Insane asylums in Bengal annual reports 1876-1887 - 1876-1887
Year: 1876
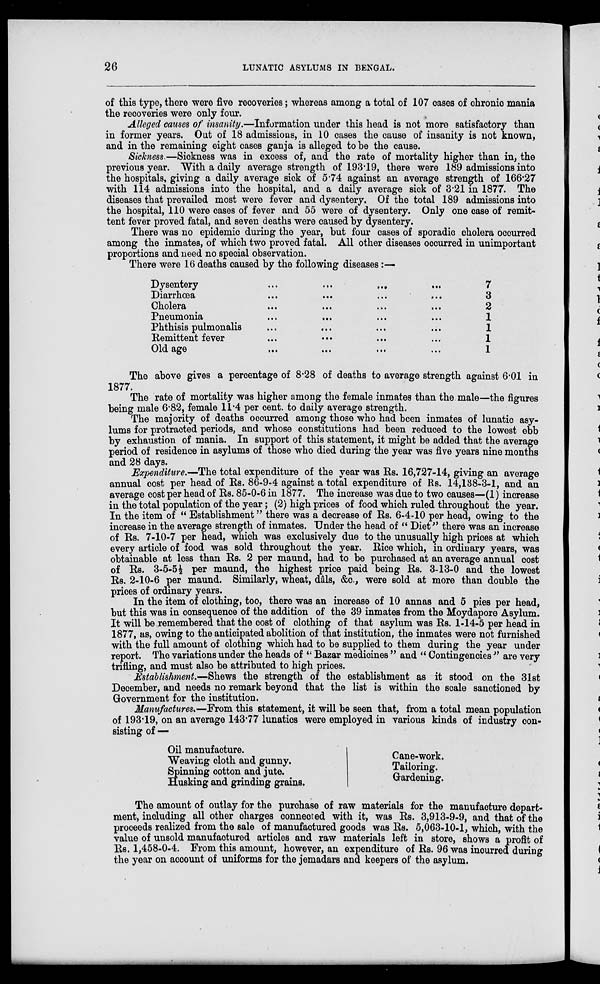
26
LUNATIC ASYLUMS IN BENGAL.
of this type, there were five recoveries; whereas among a total of 107 cases of chronic mania
the recoveries were only four.
Alleged causes of insanity.—Information under this head is not more satisfactory than
in former years. Out of 18 admissions, in 10 cases the cause of insanity is not known,
and in the remaining eight cases ganja is alleged to be the cause.
Sickness.—Sickness was in excess of, and the rate of mortality higher than in, the
previous year. With a daily average strength of 193.19, there were 189 admissions into
the hospitals, giving a daily average sick of 5.74 against an average strength of 166.27
with 114 admissions into the hospital, and a daily average sick of 3.21 in 1877. The
diseases that prevailed most were fever and dysentery. Of the total 189 admissions into
the hospital, 110 were cases of fever and 55 were of dysentery. Only one case of remit-
tent fever proved fatal, and seven deaths were caused by dysentery.
There was no epidemic during the year, but four cases of sporadic cholera occurred
among the inmates, of which two proved fatal. All other diseases occurred in unimportant
proportions and need no special observation.
There were 16 deaths caused by the following diseases:—
Dysentery
...
...
...
Diarrhœa
...
...
...
...
Cholera
...
...
...
...
Pneumonia
...
... ... ...
Phthisis pulmonalis ... ... ... ...
Remittent fever ... ... ... ...
Old age
...
...
... ...
7
3
2
1
1
1
1
The above gives a percentage of 8.28 of deaths to average strength against 6.01 in
1877.
The rate of mortality was higher among the female inmates than the male—the figures
being male 6.82, female 11.4 per cent. to daily average strength.
The majority of deaths occurred among those who had been inmates of lunatic asy-
lums for protracted periods, and whose constitutions had been reduced to the lowest ebb
by exhaustion of mania. In support of this statement, it might be added that the average
period of residence in asylums of those who died during the year was five years nine months
and 28 days.
Expenditure.—The total expenditure of the year was Rs. 16,727-14, giving an average
annual cost per head of Rs. 86-9-4 against a total expenditure of Rs. 14,138-3-1, and an
average cost per head of Rs. 85-0-6 in 1877. The increase was due to two causes—(1) increase
in the total population of the year; (2) high prices of food which ruled throughout the year.
In the item of “ Establishment” there was a decrease of Rs. 6-4-10 per head, owing to the
increase in the average strength of inmates. Under the head of “ Diet” there was an increase
of Rs. 7-10-7 per head, which was exclusively due to the unusually high prices at which
every article of food was sold throughout the year. Rice which, in ordinary years, was
obtainable at less than Rs. 2 per maund, had to be purchased at an average annual cost
of Rs. 3-5-5½ per maund, the highest price paid being Rs. 3-13-0 and the lowest
Rs. 2-10-6 per maund. Similarly, wheat, dâls, &c., were sold at more than double the
prices of ordinary years.
In the item of clothing, too, there was an increase of 10 annas and 5 pies per head,
but this was in consequence of the addition of the 39 inmates from the Moydapore Asylum.
It will be remembered that the cost of clothing of that asylum was Rs. 1-14-5 per head in
1877, as, owing to the anticipated abolition of that institution, the inmates were not furnished
with the full amount of clothing which had to be supplied to them during the year under
report. The variations under the heads of “ Bazar medicines ” and “ Contingencies ” are very
trifling, and must also be attributed to high prices.
Establishment.—Shews the strength of the establishment as it stood on the 31st
December, and needs no remark beyond that the list is within the scale sanctioned by
Government for the institution.
Manufactures.—From this statement, it will be seen that, from a total mean population
of 193.19, on an average 143.77 lunatics were employed in various kinds of industry con-
sisting of —
Oil manufacture.
Weaving cloth and gunny.
Spinning cotton and jute.
Husking and grinding grains.
Cane-work.
Tailoring.
Gardening.
The amount of outlay for the purchase of raw materials for the manufacture depart-
ment, including all other charges connected with it, was Rs. 3,913-9-9, and that of the
proceeds realized from the sale of manufactured goods was Rs. 5,063-10-1, which, with the
value of unsold manufactured articles and raw materials left in store, shows a profit of
Rs. 1,458-0-4. From this amount, however, an expenditure of Rs. 96 was incurred during
the year on account of uniforms for the jemadars and keepers of the asylum.